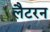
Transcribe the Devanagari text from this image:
लैटरन